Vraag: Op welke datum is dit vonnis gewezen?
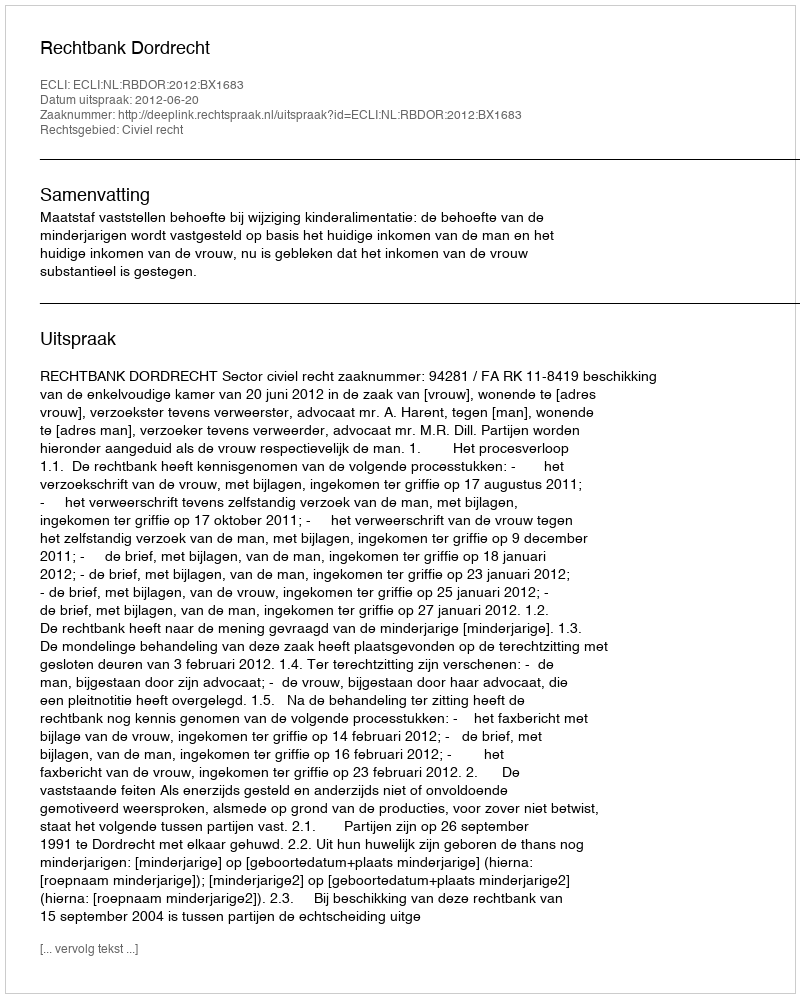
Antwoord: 2012-06-20